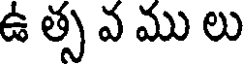
ఉ త్స వ ము లు